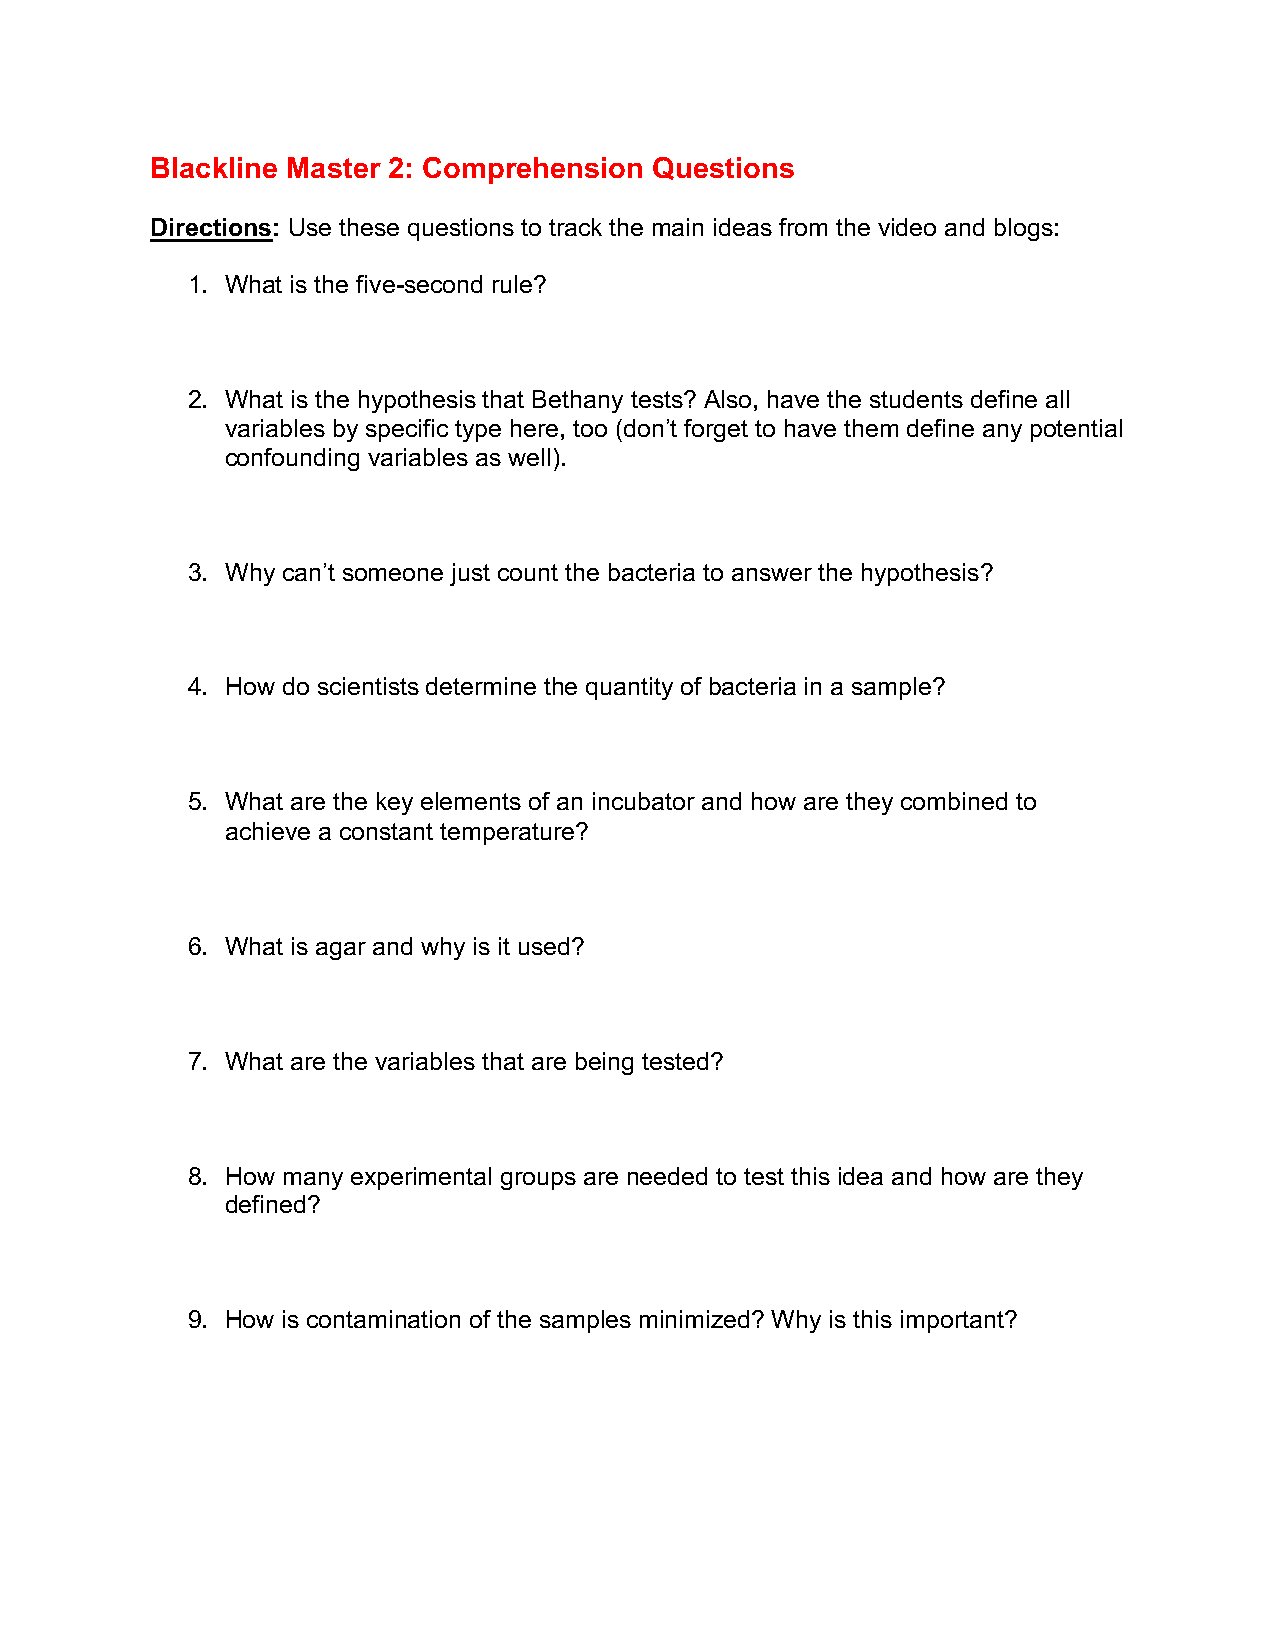
Blackline Master 2: Comprehension Questions
 Directions: Use these questions to track the main ideas from the video and blogs:
 1. What is the five-second rule?
 2. What is the hypothesis that Bethany tests? Also, have the students define all
 variables by specific type here, too (don’t forget to have them define any potential
 confounding variables as well).
 3. Why can’t someone just count the bacteria to answer the hypothesis?
 4. How do scientists determine the quantity of bacteria in a sample?
 5. What are the key elements of an incubator and how are they combined to
 achieve a constant temperature?
 6. What is agar and why is it used?
 7. What are the variables that are being tested?
 8. How many experimental groups are needed to test this idea and how are they
 defined?
 9. How is contamination of the samples minimized? Why is this important?